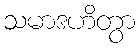
သမာဒဟိတွာ